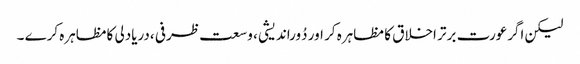
لیکن اگرعورت برتر اخلاق کا مظاہرہ کر اور دُوراندیشی ، وسعت ظرفی ،دریادلی کامظاہرہ کرے ۔